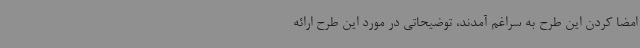
امضا کردن این طرح به سراغم آمدند، توضیحاتی در مورد این طرح ارائه